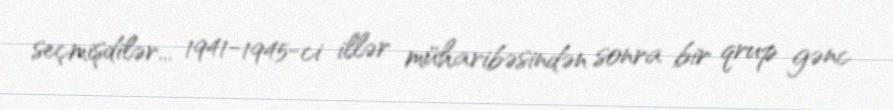
seçmişdilər... 1941-1945-ci illər müharibəsindən sonra bir qrup gənc